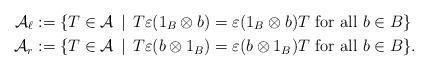
LaTeX: \begin{align*}\mathcal{A}_\ell &:= \{ T \in \mathcal{A} \, \mid \, T\varepsilon(1_B \otimes b) = \varepsilon(1_B \otimes b) T \mbox{ for all }b \in B\}\\\mathcal{A}_r &:= \{ T \in \mathcal{A} \, \mid \, T\varepsilon(b \otimes 1_B) = \varepsilon(b \otimes 1_B) T \mbox{ for all }b \in B\}.\end{align*}